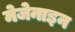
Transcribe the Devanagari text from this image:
मेजेनाइन